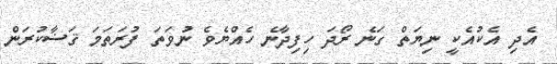
އެދި އެކުއެކީ ނިޔަތް ގަނެ ރޯދަ ހިފިދާނެ ހެއްޔެވެ ނުވަތަ ފުރަތަމަ ޤަޟާކުރަން